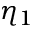
\eta _ { 1 }